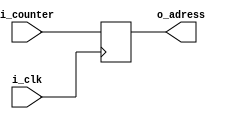
`timescale 1ns / 1ps
//////////////////////////////////////////////////////////////////////////////////
// Company: 
// Engineer: 
// 
// Design Name: 
// Module Name:    Program_Counter 
// Project Name: 
// Target Devices: 
// Tool versions: 
// Description: 
//
// Dependencies: 
//
// Revision: 
// Revision 0.01 - File Created
// Additional Comments: 
//
//////////////////////////////////////////////////////////////////////////////////
module Program_Counter(
    input i_clk,
    input [63:0] i_counter,
    output reg [63:0] o_adress = 0
    );

    always @(posedge i_clk) begin
        o_adress <= i_counter;
    end


endmodule